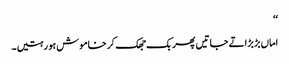
‘‘
اماں بڑبڑاتے جاتیں پھر بک جھک کر خاموش ہو رہتیں۔